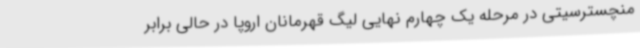
منچسترسیتی در مرحله یک چهارم نهایی لیگ قهرمانان اروپا در حالی برابر